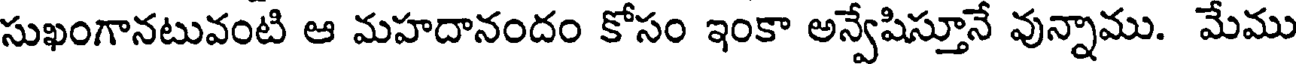
సుఖంగానటువంటి ఆ మహదానందం కోసం ఇంకా అన్వేషిస్తూనే వున్నాము. మేము